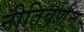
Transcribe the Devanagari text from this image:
नीतिवर्णन